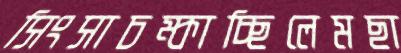
সিংসাচম্‌কাচ্ছিলেমছা